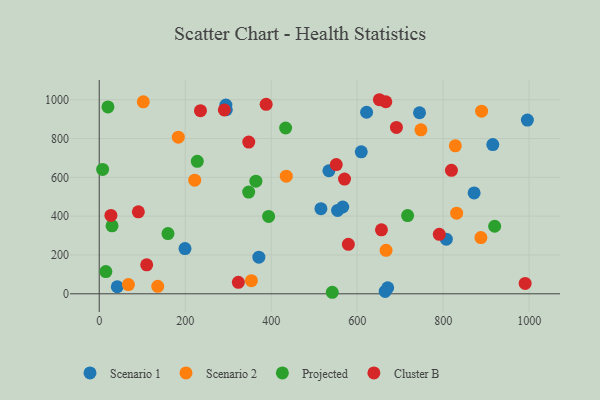
{"axis": {"x": "Price", "y": "Yield"}, "legend": ["Cluster B", "Projected", "Scenario 1", "Scenario 2"], "data": [{"x": "621.9", "y": 935.3, "type": "Scenario 1"}, {"x": "609.5", "y": 731.6, "type": "Scenario 1"}, {"x": "807.4", "y": 281.6, "type": "Scenario 1"}, {"x": "665.1", "y": 12.3, "type": "Scenario 1"}, {"x": "294.6", "y": 972.4, "type": "Scenario 1"}, {"x": "995.9", "y": 894.9, "type": "Scenario 1"}, {"x": "745.0", "y": 932.7, "type": "Scenario 1"}, {"x": "199.5", "y": 232.9, "type": "Scenario 1"}, {"x": "872.0", "y": 519.8, "type": "Scenario 1"}, {"x": "42.0", "y": 36.4, "type": "Scenario 1"}, {"x": "915.5", "y": 769.0, "type": "Scenario 1"}, {"x": "534.2", "y": 634.0, "type": "Scenario 1"}, {"x": "566.4", "y": 447.2, "type": "Scenario 1"}, {"x": "515.7", "y": 438.5, "type": "Scenario 1"}, {"x": "671.0", "y": 31.3, "type": "Scenario 1"}, {"x": "371.3", "y": 188.7, "type": "Scenario 1"}, {"x": "295.6", "y": 948.2, "type": "Scenario 1"}, {"x": "554.4", "y": 429.8, "type": "Scenario 1"}, {"x": "136.1", "y": 38.6, "type": "Scenario 2"}, {"x": "887.8", "y": 289.8, "type": "Scenario 2"}, {"x": "67.9", "y": 47.8, "type": "Scenario 2"}, {"x": "354.0", "y": 67.7, "type": "Scenario 2"}, {"x": "667.2", "y": 224.0, "type": "Scenario 2"}, {"x": "889.4", "y": 940.8, "type": "Scenario 2"}, {"x": "183.9", "y": 806.8, "type": "Scenario 2"}, {"x": "831.4", "y": 415.5, "type": "Scenario 2"}, {"x": "748.3", "y": 844.6, "type": "Scenario 2"}, {"x": "102.5", "y": 989.2, "type": "Scenario 2"}, {"x": "222.1", "y": 585.3, "type": "Scenario 2"}, {"x": "828.3", "y": 762.2, "type": "Scenario 2"}, {"x": "435.1", "y": 606.1, "type": "Scenario 2"}, {"x": "394.0", "y": 398.5, "type": "Projected"}, {"x": "433.6", "y": 854.2, "type": "Projected"}, {"x": "542.1", "y": 7.9, "type": "Projected"}, {"x": "347.6", "y": 524.1, "type": "Projected"}, {"x": "20.3", "y": 962.6, "type": "Projected"}, {"x": "7.9", "y": 640.9, "type": "Projected"}, {"x": "228.1", "y": 682.3, "type": "Projected"}, {"x": "717.3", "y": 403.1, "type": "Projected"}, {"x": "159.9", "y": 310.5, "type": "Projected"}, {"x": "919.8", "y": 348.0, "type": "Projected"}, {"x": "15.4", "y": 114.8, "type": "Projected"}, {"x": "29.8", "y": 350.5, "type": "Projected"}, {"x": "364.4", "y": 580.3, "type": "Projected"}, {"x": "579.5", "y": 254.9, "type": "Cluster B"}, {"x": "691.3", "y": 857.2, "type": "Cluster B"}, {"x": "347.8", "y": 781.5, "type": "Cluster B"}, {"x": "656.5", "y": 329.8, "type": "Cluster B"}, {"x": "570.6", "y": 591.0, "type": "Cluster B"}, {"x": "990.7", "y": 53.4, "type": "Cluster B"}, {"x": "791.0", "y": 306.2, "type": "Cluster B"}, {"x": "27.2", "y": 403.8, "type": "Cluster B"}, {"x": "323.6", "y": 59.2, "type": "Cluster B"}, {"x": "551.3", "y": 666.0, "type": "Cluster B"}, {"x": "388.3", "y": 976.2, "type": "Cluster B"}, {"x": "235.5", "y": 943.3, "type": "Cluster B"}, {"x": "91.0", "y": 422.2, "type": "Cluster B"}, {"x": "666.6", "y": 989.4, "type": "Cluster B"}, {"x": "819.3", "y": 636.1, "type": "Cluster B"}, {"x": "291.0", "y": 947.4, "type": "Cluster B"}, {"x": "651.7", "y": 999.9, "type": "Cluster B"}, {"x": "110.4", "y": 149.3, "type": "Cluster B"}]}